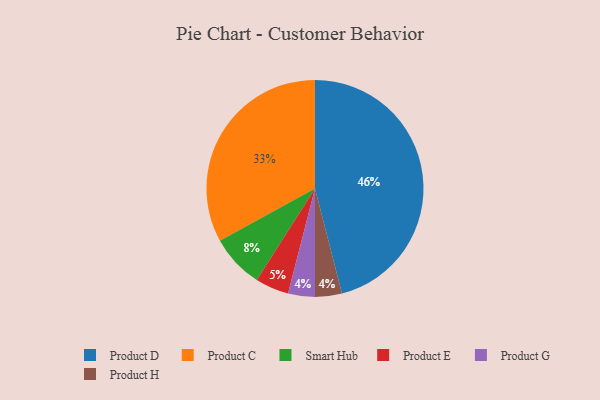
{"axis": {"x": "Category", "y": "Percentage"}, "legend": ["Product C", "Product D", "Product E", "Product G", "Product H", "Smart Hub"], "data": [{"x": "Product D", "y": 46, "type": "Product D"}, {"x": "Product G", "y": 4, "type": "Product G"}, {"x": "Product H", "y": 4, "type": "Product H"}, {"x": "Product C", "y": 33, "type": "Product C"}, {"x": "Product E", "y": 5, "type": "Product E"}, {"x": "Smart Hub", "y": 8, "type": "Smart Hub"}]}